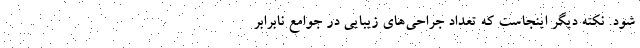
شود. نکته دیگر اینجاست که تعداد جراحی‌های زیبایی در جوامع نابرابر